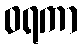
ဝရကာ